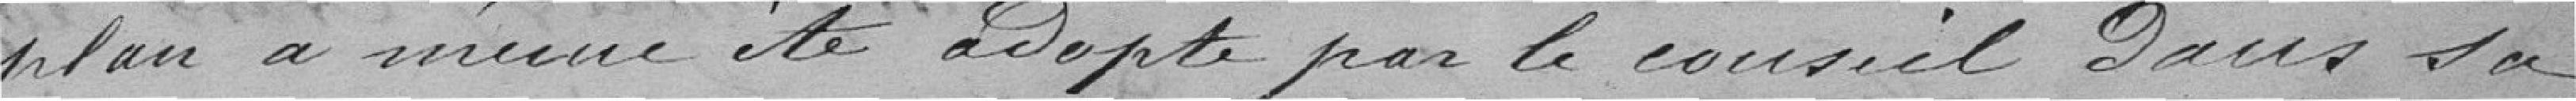
plan a même été adopté par le conseil dans sa